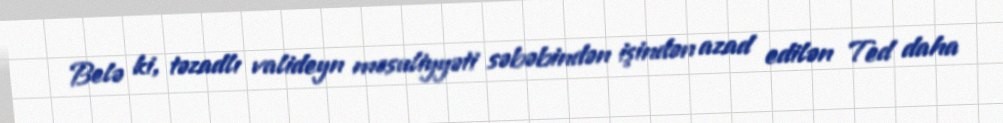
Belə ki, təzadlı valideyn məsuliyyəti səbəbindən işindən azad edilən Ted daha